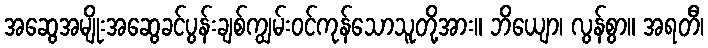
အဆွေအမျိုးအဆွေခင်ပွန်းချစ်ကျွမ်းဝင်ကုန်သောသူတို့အား။ ဘိယျော၊ လွန်စွာ။ အရတီ၊